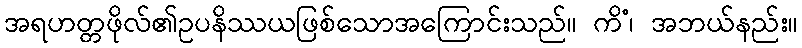
အရဟတ္တဖိုလ်၏ဥပနိဿယဖြစ်သောအကြောင်းသည်။ ကိံ၊ အဘယ်နည်း။